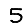
Digit: 5